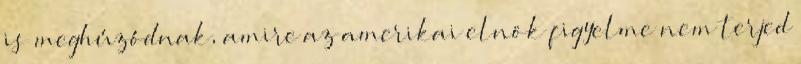
is meghúzódnak, amire az amerikai elnök figyelme nem terjed